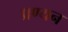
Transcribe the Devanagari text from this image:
प्रण्यन